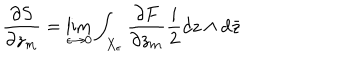
\frac { \partial S } { \partial z _ { m } } = \lim _ { \epsilon \rightarrow 0 } \int _ { X _ { \epsilon } } \frac { \partial F } { \partial z _ { m } } \frac { i } { 2 } d z \wedge d \bar { z }